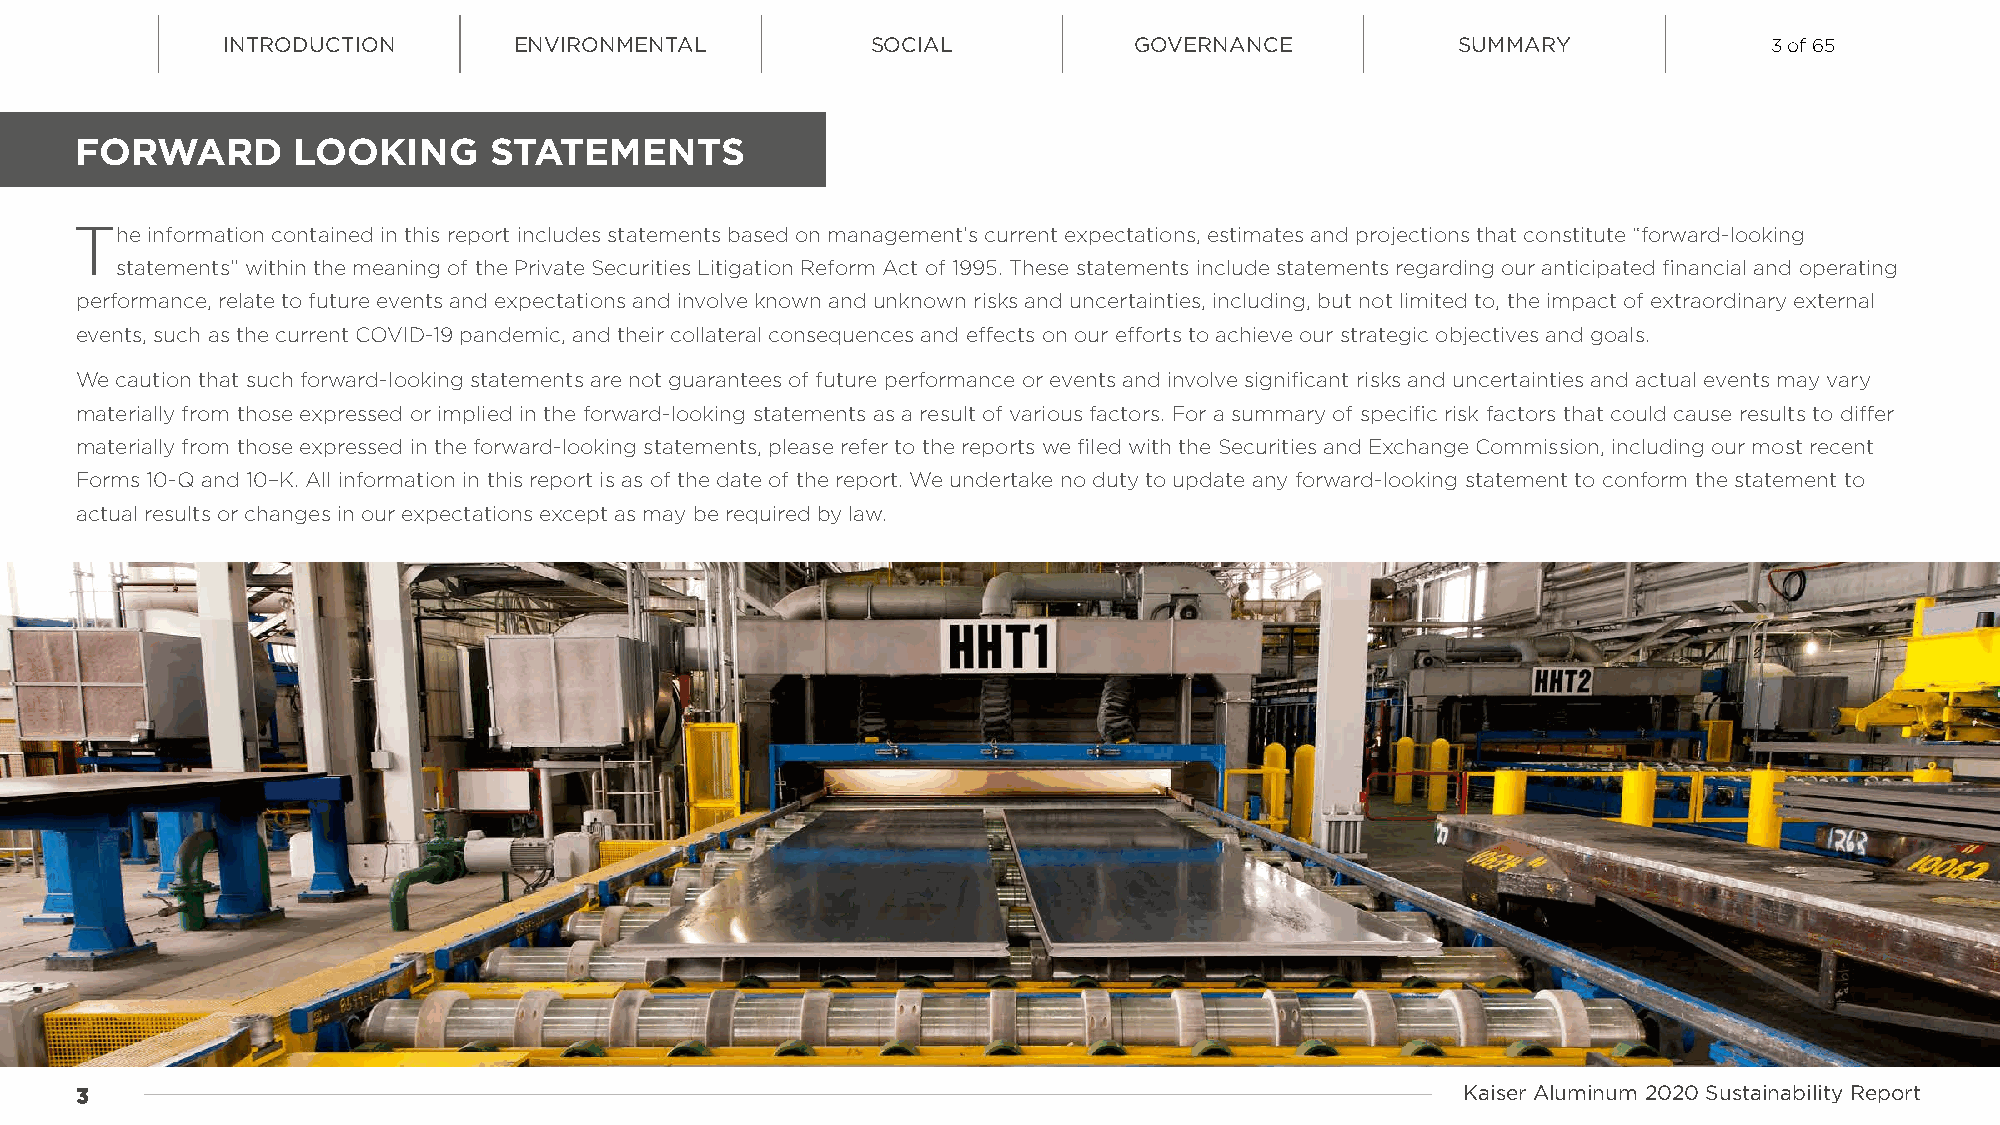
INTRODUCTION       ENVIRONMENTAL           SOCIAL           GOVERNANCE            SUMMARY             3 of 65
 FORWARD       LOOKING      STATEMENTS
 The  information contained in this report includes statements based on management’s current expectations, estimates and projections that constitute “forward-looking
 statements” within the meaning of the Private Securities Litigation Reform Act of 1995. These statements include statements regarding our anticipated financial and operating
 performance, relate to future events and expectations and involve known and unknown risks and uncertainties, including, but not limited to, the impact of extraordinary external
 events, such as the current COVID-19 pandemic, and their collateral consequences and effects on our efforts to achieve our strategic objectives and goals.
 We caution that such forward-looking statements are not guarantees of future performance or events and involve significant risks and uncertainties and actual events may vary
 materially from those expressed or implied in the forward-looking statements as a result of various factors. For a summary of specific risk factors that could cause results to differ
 materially from those expressed in the forward-looking statements, please refer to the reports we filed with the Securities and Exchange Commission, including our most recent
 Forms 10-Q and 10–K. All information in this report is as of the date of the report. We undertake no duty to update any forward-looking statement to conform the statement to
 actual results or changes in our expectations except as may be required by law.
 33                                                                                          Kaiser Aluminum 2020 Sustainability Report